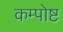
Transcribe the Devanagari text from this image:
कम्पोष्ट